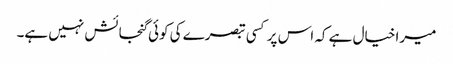
میرا خیال ہے کہ اس پر کسی تبصرے کی کوئی گنجائش نہیں ہے۔